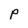
Character: P